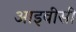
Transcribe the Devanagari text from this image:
आइवीसी